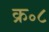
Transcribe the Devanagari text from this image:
क्र॰८